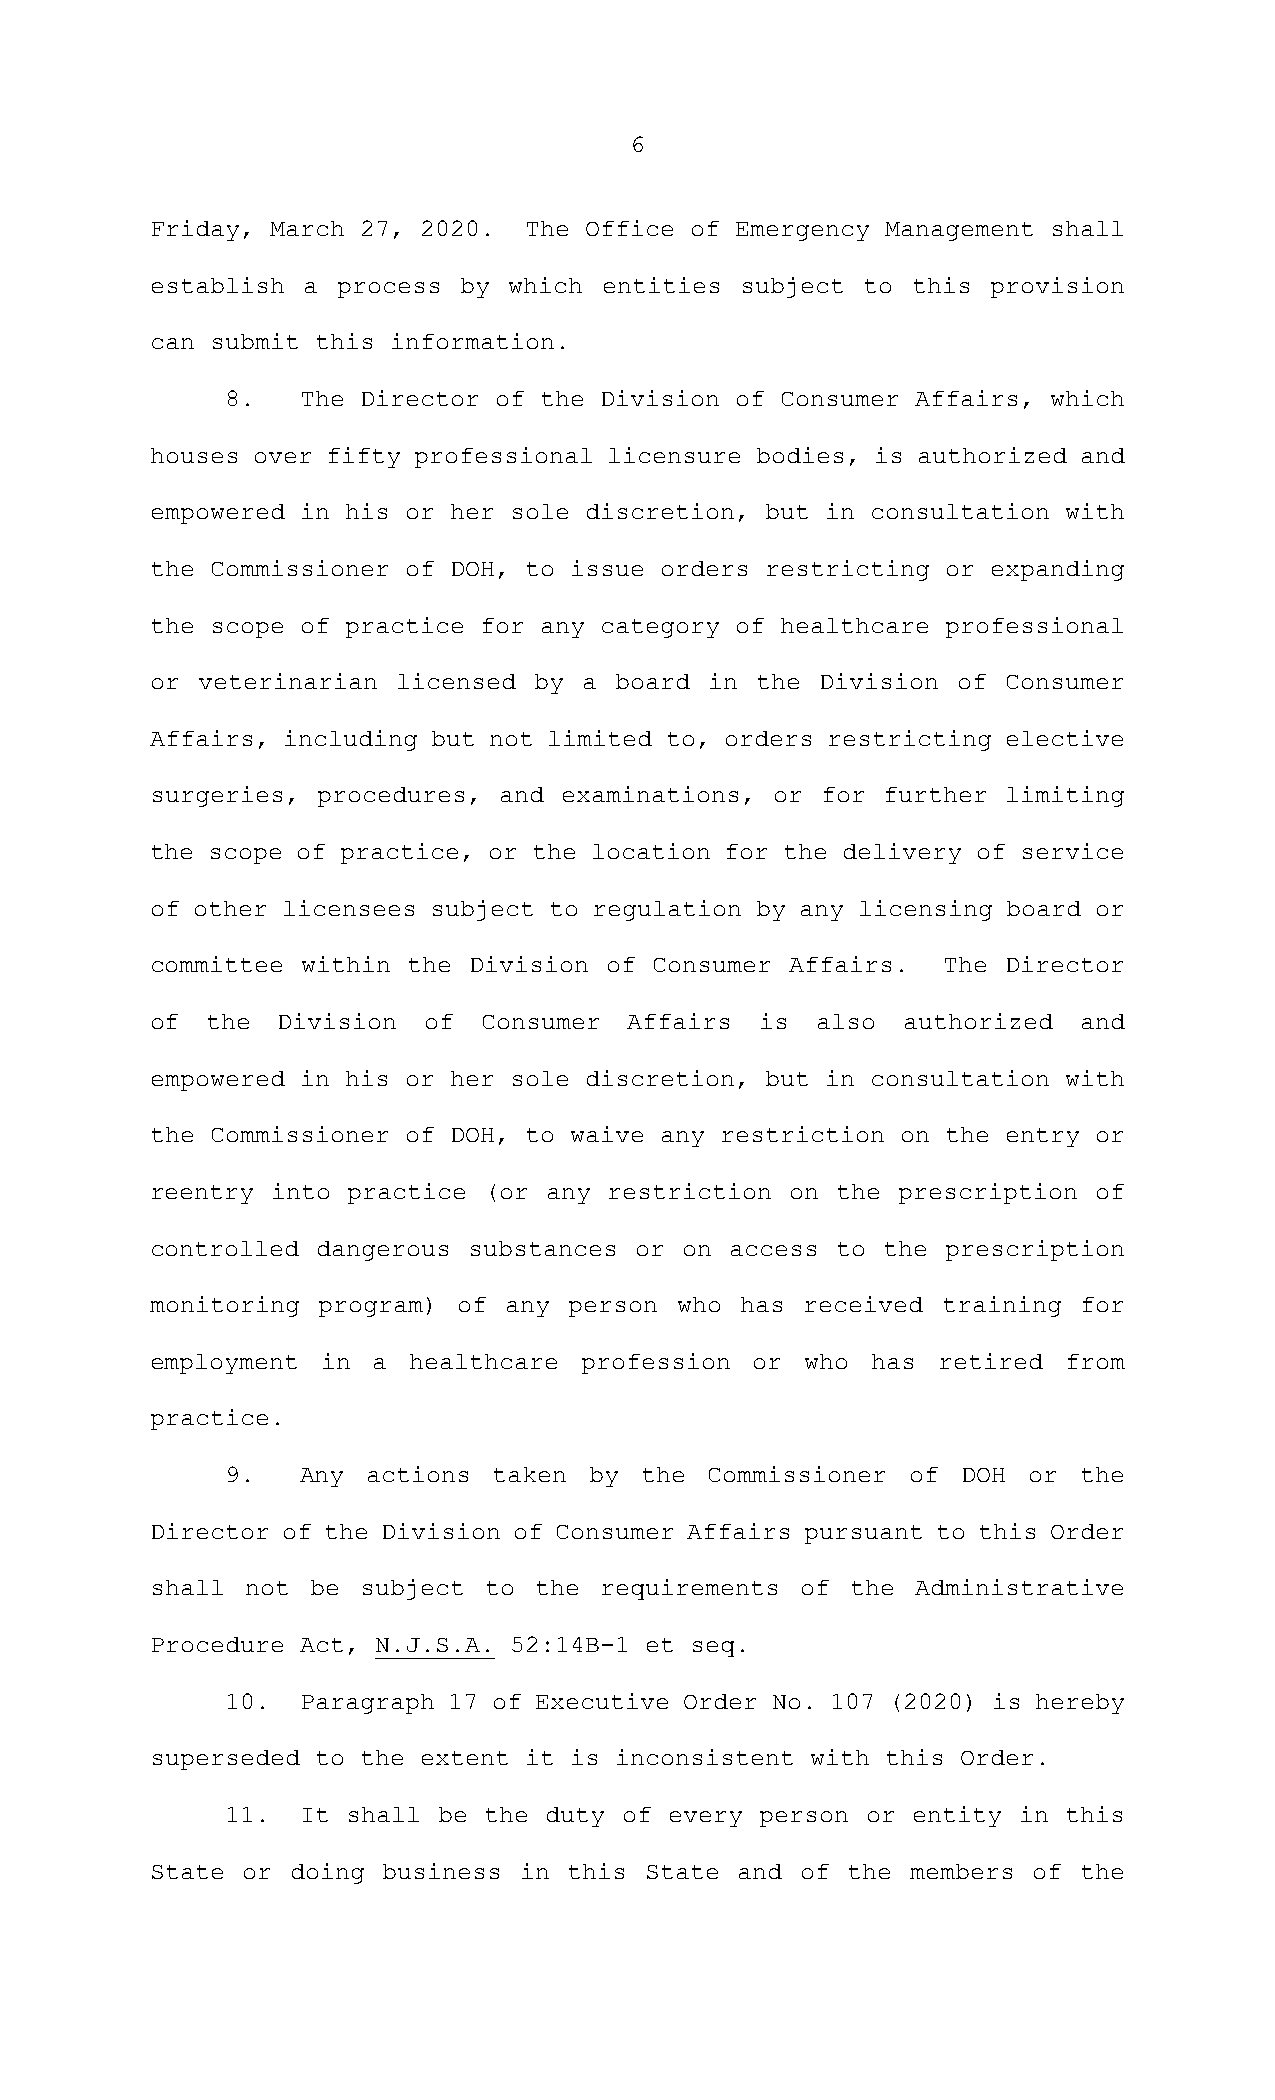
6
 Friday, March 27, 2020.  The Office of Emergency Management shall
 establish a process by  which entities subject to this  provision
 can submit this information.
 8.   The Director of the Division of Consumer Affairs, which
 houses over fifty professional licensure bodies, is authorized and
 empowered in his or her sole discretion, but in consultation with
 the Commissioner of DOH, to issue orders restricting or expanding
 the scope of practice for any category of healthcare professional
 or veterinarian licensed by  a board in the Division of  Consumer
 Affairs, including but not limited to, orders restricting elective
 surgeries, procedures, and examinations, or for further  limiting
 the scope of practice, or the location for the delivery of service
 of other licensees subject to regulation by any licensing board or
 committee within the Division of Consumer Affairs.  The  Director
 of  the Division  of  Consumer  Affairs is  also  authorized and
 empowered in his or her sole discretion, but in consultation with
 the Commissioner of DOH, to waive any restriction on the entry or
 reentry into practice (or any restriction on the prescription of
 controlled dangerous substances or on access to the  prescription
 monitoring program) of any  person who has received training  for
 employment in  a healthcare  profession or who  has retired from
 practice.
 9.   Any actions  taken by the  Commissioner of  DOH or the
 Director of the Division of Consumer Affairs pursuant to this Order
 shall not  be subject to the  requirements of the  Administrative
 Procedure Act, N.J.S.A. 52:14B-1 et seq.
 10.  Paragraph 17 of Executive Order No. 107 (2020) is hereby
 superseded to the extent it is inconsistent with this Order.
 11.  It shall be the duty of every person or entity in  this
 State or doing business in  this State and of the members of the